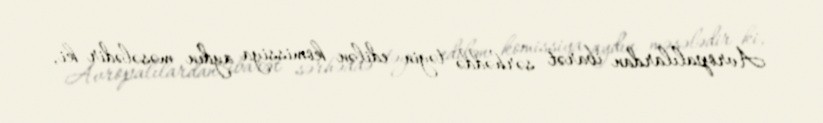
Avropalılardan ibarət sərhəddə təyin edilən komissiya aydın məsələdir ki,